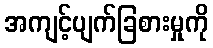
အကျင့်ပျက်ခြစားမှုကို